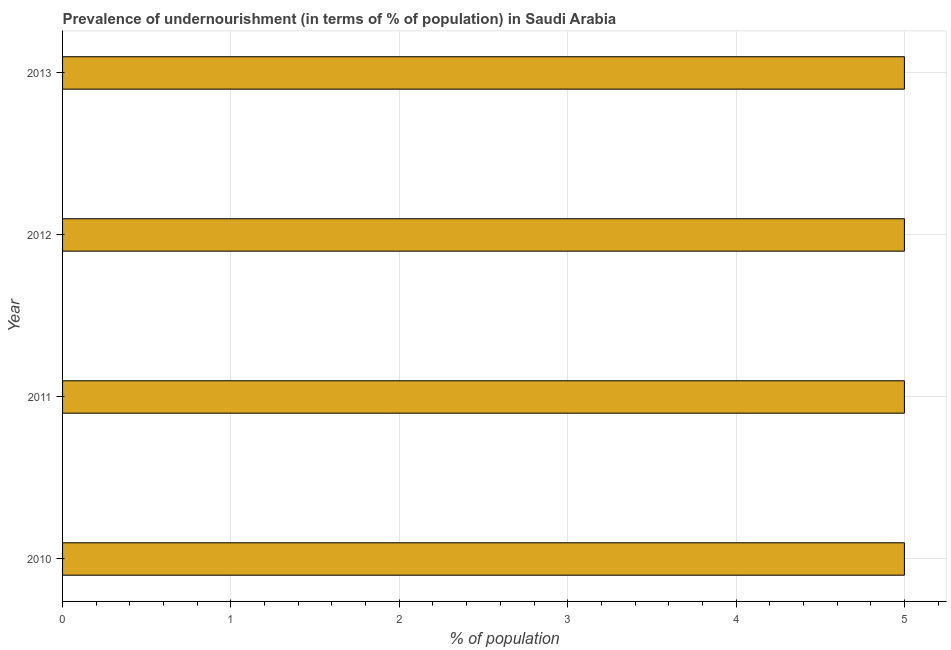
| Year | Prevalence of undernourishment |
 | --- | --- |
 | 2010 | 5 |
 | 2011 | 5 |
 | 2012 | 5 |
 | 2013 | 5 |